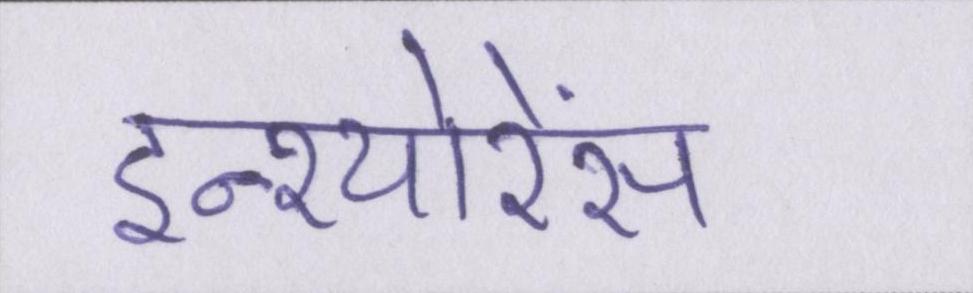
इन्श्योरेंस